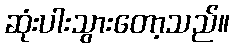
ဆုံးပါးသွားတော့သည်။